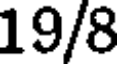
19/8